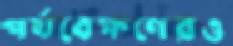
পর্যবেক্ষণেরও